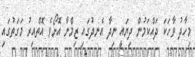
މިހާދު ވާހަކަ ދައްކަމުން ދިޔައީ ނިދާ އެނދުގައި ޒިމްނާ އޮށޯވެ އޮތްއިރު މަގަތުގައި